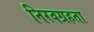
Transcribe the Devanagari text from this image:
निरवग्रहता